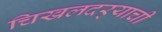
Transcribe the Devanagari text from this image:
चिखलदर्‍याची